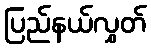
ပြည်နယ်လွှတ်